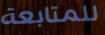
للمتابعة